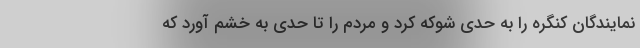
نمایندگان کنگره را به حدی شوکه کرد و مردم را تا حدی به خشم آورد که